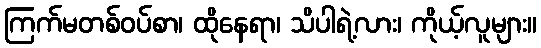
ကြက်မတစ်ဝပ်စာ၊ ထိုနေရာ၊ သိပါရဲ့လား၊ ကိုယ့်လူများ။